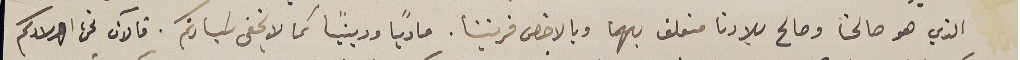
الذي هو صالحنا وصالح بلادنا متعلق بهما وبالاخص قريتنا. مادياً ودينيًا كما لا يخفى سَيادتكم. فالآن نحن اولادكم